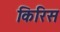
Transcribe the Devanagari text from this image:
किरिस